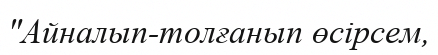
"Айналып-толғанып өсірсем,